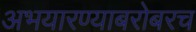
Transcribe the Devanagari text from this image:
अभयारण्याबरोबरच